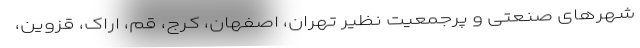
شهرهای صنعتی و پرجمعیت نظیر تهران، اصفهان، کرج، قم، اراک، قزوین،